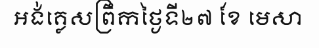
អង់គ្លេសព្រឹកថ្ងៃទី២៧ ខែ មេសា